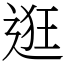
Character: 逛